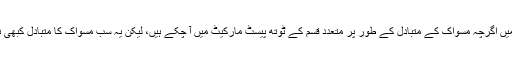
عصر حاضر میں اگرچہ مسواک کے متبادل کے طور پر متعدد قسم کے ٹوتھ پیسٹ مارکیٹ میں آ چکے ہیں، لیکن یہ سب مسواک کا متبادل کبھی نہیں ہو سکتے۔